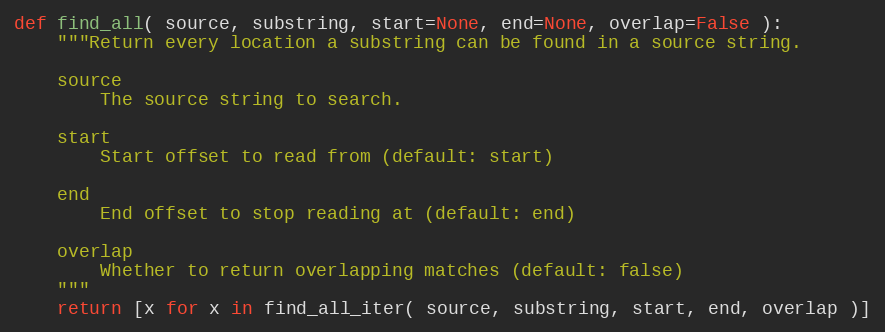
Language: Python
def find_all( source, substring, start=None, end=None, overlap=False ):
    """Return every location a substring can be found in a source string.

    source
        The source string to search.

    start
        Start offset to read from (default: start)

    end
        End offset to stop reading at (default: end)

    overlap
        Whether to return overlapping matches (default: false)
    """
    return [x for x in find_all_iter( source, substring, start, end, overlap )]